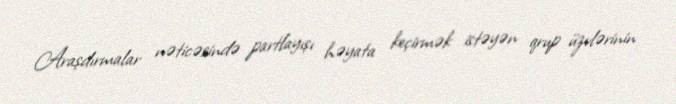
Araşdırmalar nəticəsində partlayışı həyata keçirmək istəyən qrup üzvlərinin